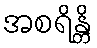
အစရိန္တိ